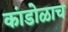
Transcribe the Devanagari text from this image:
कांडोळाच